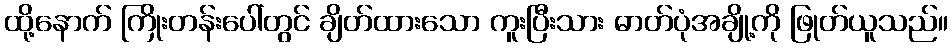
ထို့နောက် ကြိုးတန်းပေါ်တွင် ချိတ်ထားသော ကူးပြီးသား ဓာတ်ပုံအချို့ကို ဖြုတ်ယူသည်။